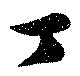
丁